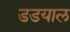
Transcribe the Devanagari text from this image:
डडयाल